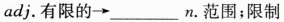
adj.有限的→___n.范围；限制